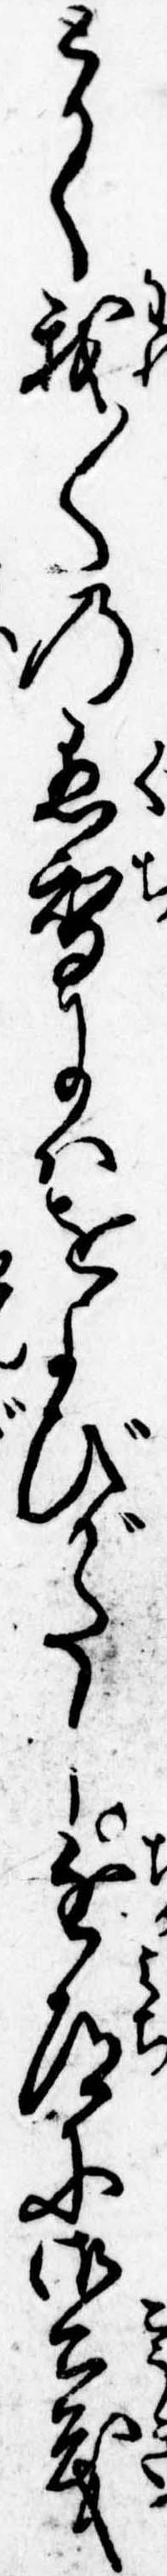
とかく我〱の愚智にはをよびがたし近道に御公義